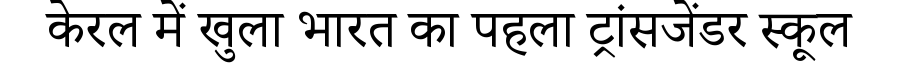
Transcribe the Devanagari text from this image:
केरल में खुला भारत का पहला ट्रांसजेंडर स्कूल